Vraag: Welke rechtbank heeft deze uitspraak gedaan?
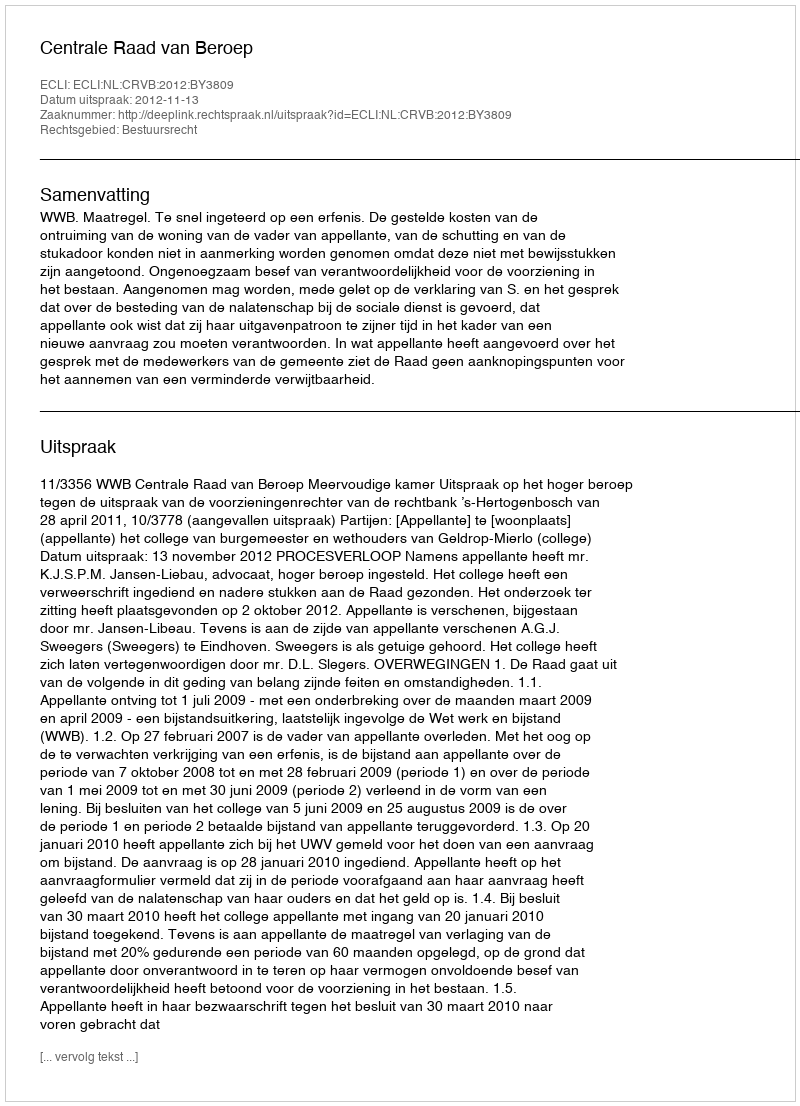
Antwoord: Centrale Raad van Beroep